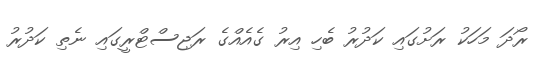
ރޯދަ މަހަކު ރަށުގައި ކަދުރު ބެހި އިރު ގެއެއްގެ ރަޖިސްޓްރީގައި ނެތި ކަދުރު